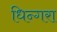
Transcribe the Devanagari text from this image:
धिन्गरा